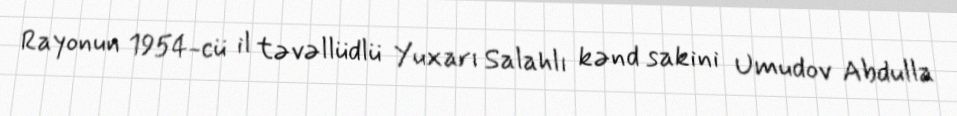
Rayonun 1954-cü il təvəllüdlü Yuxarı Salahlı kənd sakini Umudov Abdulla